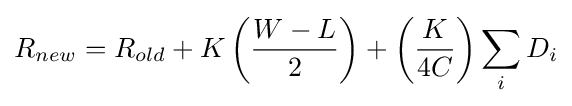
R_{new}=R_{old}+K\left({\frac {W-L}{2}}\right)+\left({\frac {K}{4C}}\right)\sum _{i}D_{i}